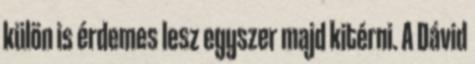
külön is érdemes lesz egyszer majd kitérni. A Dávid